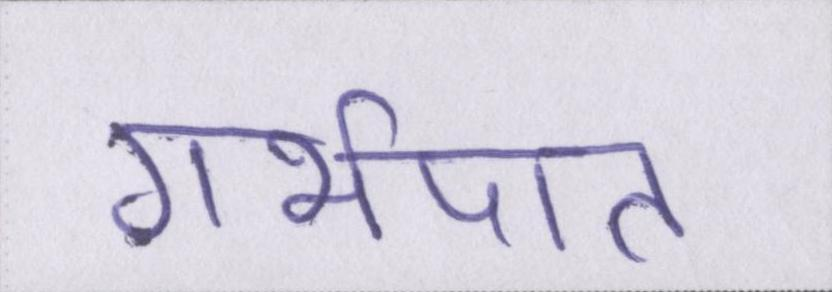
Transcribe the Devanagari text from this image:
गर्भपात